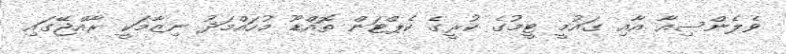
ވެލެންސިއާ އާއި ގައުމީ ޓީމުގެ ކުރީގެ ކެޕްޓަން ތޮއްޑޫ މުހައްމަދު ނިޒާމަކީ ރާއްޖޭގައި